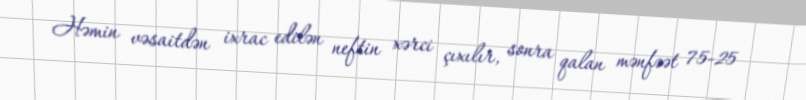
Həmin vəsaitdən ixrac edilən neftin xərci çıxılır, sonra qalan mənfəət 75-25